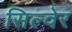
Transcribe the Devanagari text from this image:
सिल्वेर